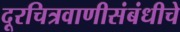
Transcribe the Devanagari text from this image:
दूरचित्रवाणीसंबंधीचे